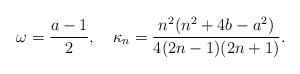
LaTeX: \begin{align*}\omega=\frac{a-1}{2},\quad\kappa_n=\frac{n^2(n^2 + 4 b - a^2)}{4 (2 n - 1) (2 n + 1)}.\end{align*}